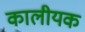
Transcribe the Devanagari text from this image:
कालीयक